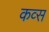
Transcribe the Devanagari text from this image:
कव्स